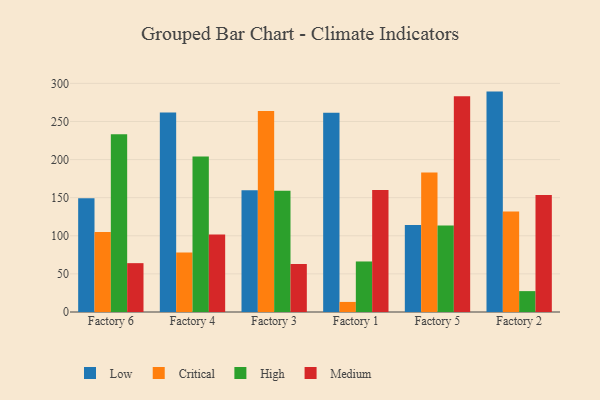
{"axis": {"x": "Factory", "y": "Population (Million)"}, "legend": ["Critical", "High", "Low", "Medium"], "data": [{"x": "Factory 6", "y": 149.3, "type": "Low"}, {"x": "Factory 6", "y": 104.9, "type": "Critical"}, {"x": "Factory 6", "y": 233.1, "type": "High"}, {"x": "Factory 6", "y": 64.1, "type": "Medium"}, {"x": "Factory 4", "y": 261.8, "type": "Low"}, {"x": "Factory 4", "y": 78.0, "type": "Critical"}, {"x": "Factory 4", "y": 204.0, "type": "High"}, {"x": "Factory 4", "y": 101.8, "type": "Medium"}, {"x": "Factory 3", "y": 159.6, "type": "Low"}, {"x": "Factory 3", "y": 263.7, "type": "Critical"}, {"x": "Factory 3", "y": 159.0, "type": "High"}, {"x": "Factory 3", "y": 63.0, "type": "Medium"}, {"x": "Factory 1", "y": 261.3, "type": "Low"}, {"x": "Factory 1", "y": 13.2, "type": "Critical"}, {"x": "Factory 1", "y": 66.3, "type": "High"}, {"x": "Factory 1", "y": 160.1, "type": "Medium"}, {"x": "Factory 5", "y": 114.1, "type": "Low"}, {"x": "Factory 5", "y": 183.0, "type": "Critical"}, {"x": "Factory 5", "y": 113.6, "type": "High"}, {"x": "Factory 5", "y": 283.1, "type": "Medium"}, {"x": "Factory 2", "y": 289.2, "type": "Low"}, {"x": "Factory 2", "y": 131.8, "type": "Critical"}, {"x": "Factory 2", "y": 27.4, "type": "High"}, {"x": "Factory 2", "y": 153.6, "type": "Medium"}]}